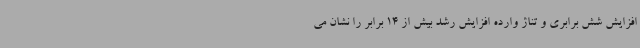
افزایش شش برابری و تناژ وارده افزایش رشد بیش از 14 برابر را نشان می